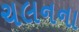
ચલનના